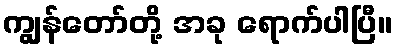
ကျွန်တော်တို့ အခု ရောက်ပါပြီ။